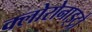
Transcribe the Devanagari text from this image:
क्लोरोनाइट्रो